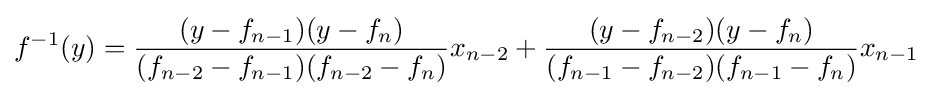
f^{-1}(y)={\frac {(y-f_{n-1})(y-f_{n})}{(f_{n-2}-f_{n-1})(f_{n-2}-f_{n})}}x_{n-2}+{\frac {(y-f_{n-2})(y-f_{n})}{(f_{n-1}-f_{n-2})(f_{n-1}-f_{n})}}x_{n-1}